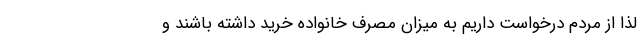
لذا از مردم درخواست داریم به میزان مصرف خانواده خرید داشته باشند و